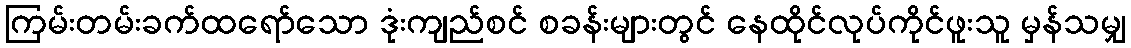
ကြမ်းတမ်းခက်ထရော်သော ဒုံးကျည်စင် စခန်းများတွင် နေထိုင်လုပ်ကိုင်ဖူးသူ မှန်သမျှ